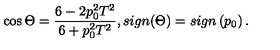
\cos \Theta = \frac { 6 - 2 p _ { 0 } ^ { 2 } T ^ { 2 } } { 6 + p _ { 0 } ^ { 2 } T ^ { 2 } } , s i g n ( \Theta ) = s i g n \left( p _ { 0 } \right) .